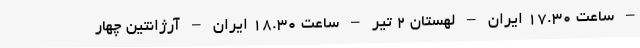
– ساعت ۱۷.۳۰ ایران – لهستان ۲ تیر – ساعت ۱۸.۳۰ ایران – آرژانتین چهار